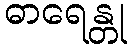
ဓာရေန္တု